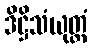
ဒိဋ္ဌိသံယုတ္တံ